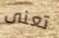
تعنى